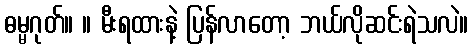
ဓမ္မဂုတ်။ ။ မီးရထားနဲ့ ပြန်လာတော့ ဘယ်လိုဆင်းရဲသလဲ။